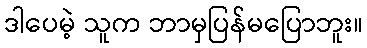
ဒါပေမဲ့ သူက ဘာမှပြန်မပြောဘူး။